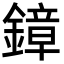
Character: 鏱